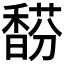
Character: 𩡉